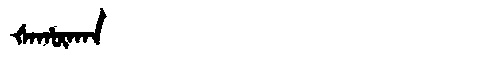
Manchu: ᡧᠠᡥᡡᡴᠠᠨ
Romanization: ŠAHŪKAN